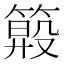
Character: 𥲏